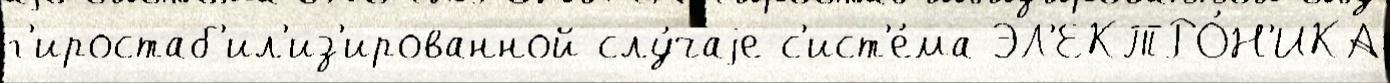
г'иростаб'ил'из'ированной слу́чаjе с'ист'е́ма ЭЛ'ЕКТРО́Н'ИКА